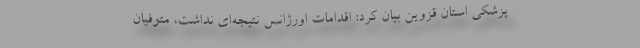
پزشکی استان قزوین بیان کرد: اقدامات اورژانس نتیجه‌ای نداشت، متوفیان